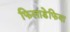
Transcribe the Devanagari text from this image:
फिलाडेफिया